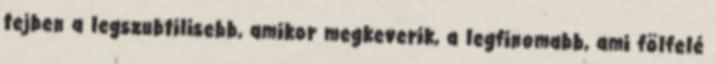
tejben a legszubtilisebb, amikor megkeverik, a legfinomabb, ami fölfelé